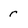
Character: r